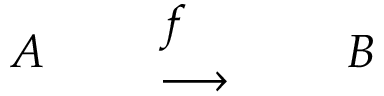
\begin{array} { l l l l l } { A } & { } & { { \begin{array} { l } { f } \\ { \longrightarrow } \end{array} } } & { } & { B } \end{array}